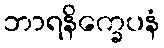
ဘာရနိက္ခေပနံ